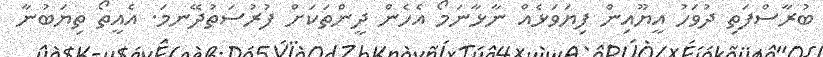
ބުރާސްފަތި ދުވަހު އީޔޫއިން ފިޔަވަޅެއް ނާޅާނަމޯ އެހެން ދީންތަކަށް ފުރުސަތުދޭނމަ. އެއީތޯ ތިޔަބުނާ